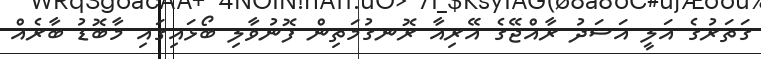
ގަތަރުގެ އަލީ އަސަދު ރާއްޖޭގެ އޭރިއާ ރޮނގުމަތިން ފޮނުވާލި ބޯޅައިގައި މާބޮޑު ބާރެއް